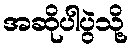
အဆိုပါပွဲသို့